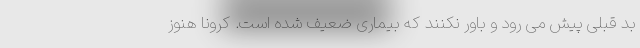
بدِ قبلی پیش می رود و باور نکنند که بیماری ضعیف شده است. کرونا هنوز